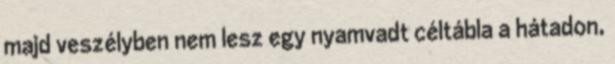
majd veszélyben nem lesz egy nyamvadt céltábla a hátadon,